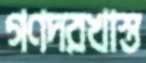
গণদরখাস্ত